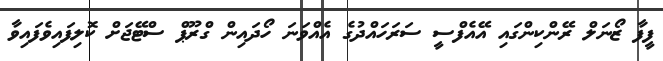
ފީފާ ޒޯނަލް ރޭންކިންގައި އޭއެފްސީ ސަރަހައްދުގެ އެއްވަނަ ހޯދައިން ގްރޫޕް ސްޓޭޖަށް ކޮލިފައިވެފައިވާ